Vaccination report Assam 1874-1896 - 1874-1896
Year: 1874
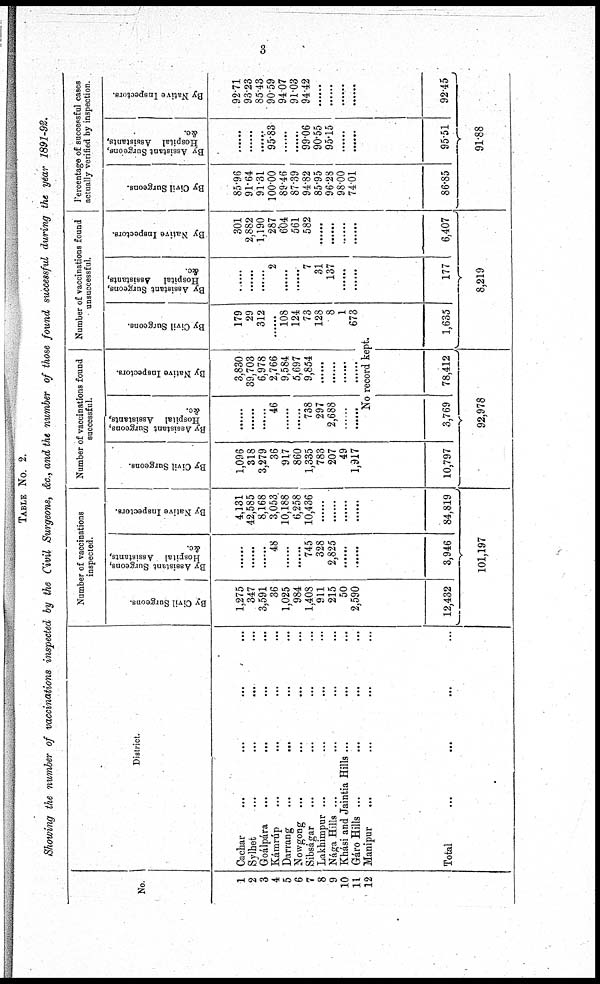
3
TABLE No. 2.
Showing the number of vaccinations inspected by the Civil Surgeons, &c., and the number of those found successful during the year 1891-92.
No.
1
2
3
4
5
6
7
8
9
10
11
12
District.
Cachar
...
...
...
...
Sylhet ... ... ... ...
Goálpára ... ... ... ...
Kámrúp ... ... ... ...
Darrang
...
... ... ...
Nowgong ... ... ... ...
Sibságar ... ... ... ...
Lakhimpur ... ... ... ...
Nága Hills ... ... ... ...
Khási and Jaintia Hills ... ... ...
Gáro Hills ... ... ...
Manipur ... ... ...
Total
...
...
... ...
Number of vaccinations
inspected.
By Civil Surgeons.
1,275
347
3,591
36
1,025
984
1,408
911
215
50
2,590
......
12,432
By Assistant Surgeons,
Hospital Assistants,
&c.
......
......
......
48
......
......
745
328
2,825
......
......
......
3,946
By Native Inspectors.
4,131
42,585
8,168
3,053
10,188
6,258
10,436
......
......
......
......
......
84,819
101,197
Number of vaccinations found
successful.
By Civil Surgeons.
1,096
318
3,279
36
917
860
1,335
783
207
49
1,917
......
10,797
By Assistant Surgeons,
Hospital Assistants,
&c.
......
......
......
46
......
......
738
297
2,688
......
......
By Native Inspectors.
3,830
39,703
6,978
2,766
9,584
5,697
9,854
......
......
......
......
Number of vaccinations found
unsuccessful.
By Civil Surgeons.
179
29
312
......
108
124
73
128
8
1
673
No record kept.
3,769 78,412
92,978
1,635
By Assistant Surgeons,
Hospital Assistants,
&c.
......
......
......
2
......
......
7
31
137
......
......
......
177
By Native Inspectors.
301
2,882
1,190
287
604
561
582
......
......
......
......
......
6,407
8,219
Percentage of successful cases
actually verified by inspection.
By Civil Surgeons.
85.96
91.64
91.31
100.00
89.46
87.39
94.82
85.95
96.28
98.00
74.01
......
86.85
By Assistant Surgeons,
Hospital Assistants,
&c.
......
......
......
95.83
......
......
99.06
90.55
95.15
......
......
......
95.51
By Native Inspectors.
92.71
93.23
85.43
90.59
94.07
91.03
94.42
......
......
......
......
......
92.45
91.88